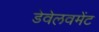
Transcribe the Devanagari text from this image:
डेवेलवमेंट